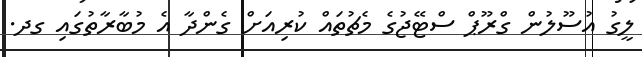
ލީގު އުސޫލުން ގްރޫޕް ސްޓޭޖުގެ މެޗުތައް ކުރިއަށް ގެންދާ އެ މުބާރާތުގައި ގދ.